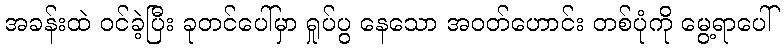
အခန်းထဲ ဝင်ခဲ့ပြီး ခုတင်ပေါ်မှာ ရှုပ်ပွ နေသော အဝတ်ဟောင်း တစ်ပုံကို မွေ့ရာပေါ်